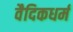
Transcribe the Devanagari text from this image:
वैदिकधर्म